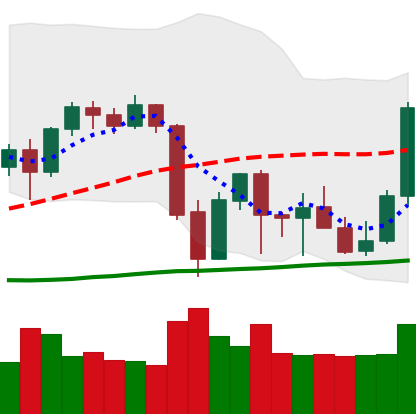
Ticker: BTC-USD
Chart end date: 2021-10-01
Forward return: 15.056%
Label: up_7plus